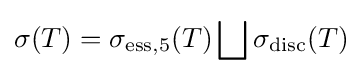
\sigma (T)=\sigma _{\mathrm {ess} ,5}(T)\bigsqcup \sigma _{\mathrm {disc} }(T)